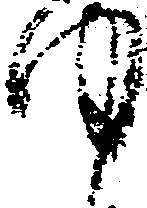
ゆ